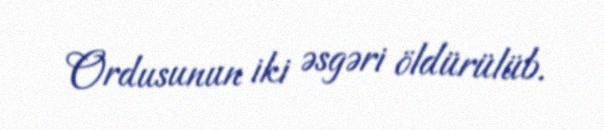
Ordusunun iki əsgəri öldürülüb.